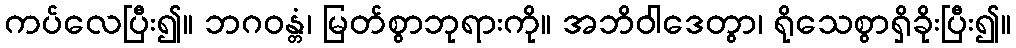
ကပ်လေပြီး၍။ ဘဂဝန္တံ၊ မြတ်စွာဘုရားကို။ အဘိဝါဒေတွာ၊ ရိုသေစွာရှိခိုးပြီး၍။